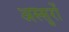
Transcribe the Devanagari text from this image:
अस्सुरों